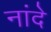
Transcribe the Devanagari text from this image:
नांदे